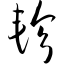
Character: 轸